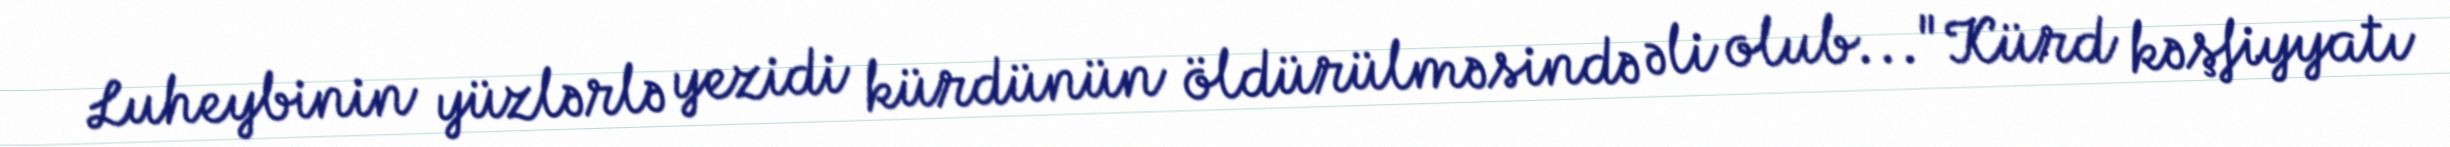
Luheybinin yüzlərlə yezidi kürdünün öldürülməsində əli olub..."Kürd kəşfiyyatı